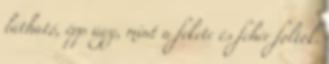
látható, épp úgy, mint a fekete és fehér foltok.